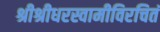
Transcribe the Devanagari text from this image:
श्रीश्रीधरस्वामीविरचितं